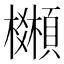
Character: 𩕒